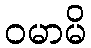
ဝမာမိ